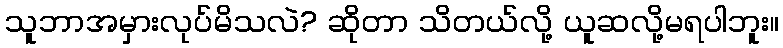
သူဘာအမှားလုပ်မိသလဲ? ဆိုတာ သိတယ်လို့ ယူဆလို့မရပါဘူး။